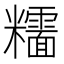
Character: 𥽯